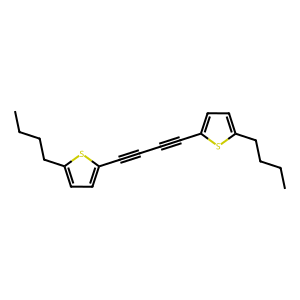
SMILES: CCCCc1ccc(C#CC#Cc2ccc(CCCC)s2)s1
Inhibits HIV replication: No